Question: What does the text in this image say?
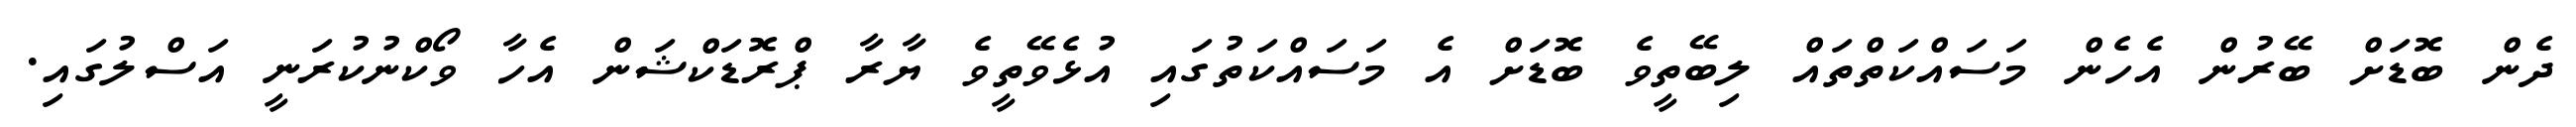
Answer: ދެން ބޮޑަށް ބޭރުން އެހެން މަސައްކަތްތައް ލިބޭތީވެ ބޮޑަށް އެ މަސައްކަތުގައި އުޅެވޭތީވެ ޔާރާ ޕްރޮޑަކްޝަން އެހާ ވޯކްނުކުރަނީ އަސްލުގައި.